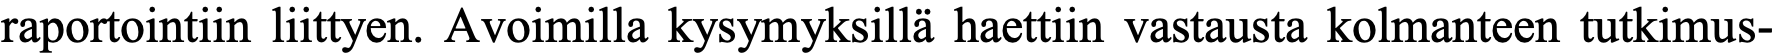
raportointiin liittyen. Avoimilla kysymyksillä haettiin vastausta kolmanteen tutkimus-